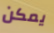
يمكن